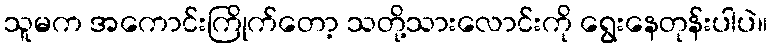
သူမက အကောင်းကြိုက်တော့ သတို့သားလောင်းကို ရွေးနေတုန်းပါပဲ။